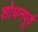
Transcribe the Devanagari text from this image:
शोधनपूर्व